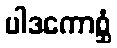
ပါဒကောစ္ဆံ